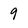
Character: 9